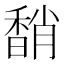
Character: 𩡈